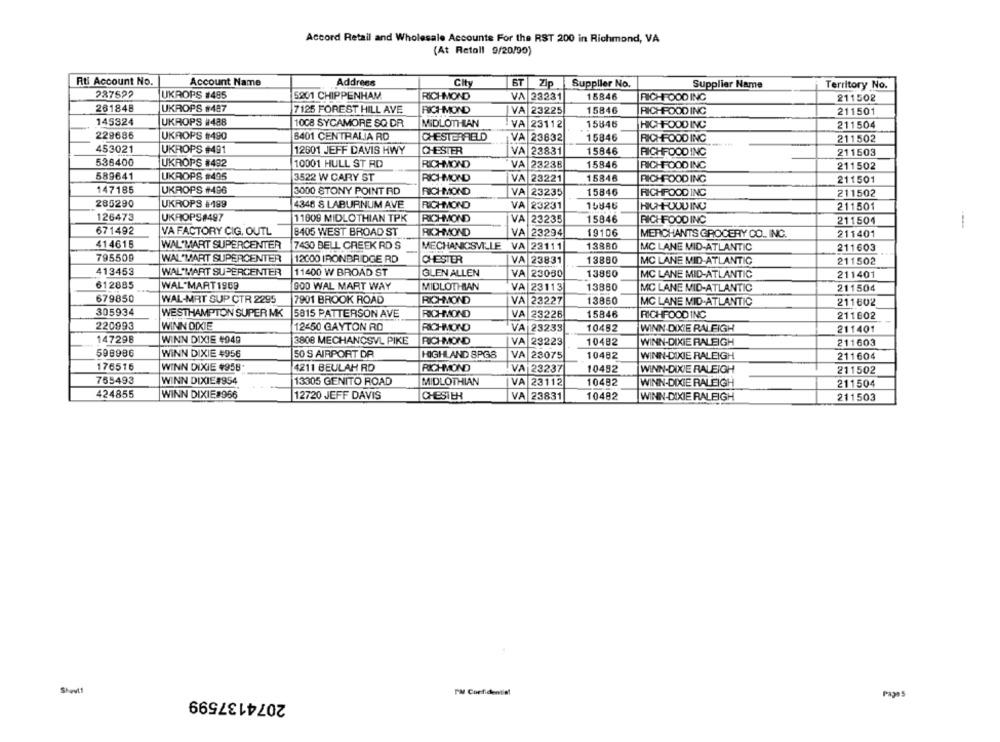
Accord Retail and Wholesale Accounts For the RST 200 in Richmond, VA
(At Retall 9/20/90)
Rti Account No.
Account Name
Address
City
6T Zip
Supplier No.
Supplier Name
Territory No.
227522
UKROPS #485
5201 CHIPPENHAM
RICHMOND
VA 23231
15846
RICHFOOD ING
211502
261848
UKROPS #487
7125 FOREST HILL AVE
RICHMOND
VA 23225
15846
RICHFOOD INC
211501
145324
UKROPS #488
1008 SYCAMORE SQ DR
MIDLOTHIAN
VA 23112
15846
HICHFOOD INC
211504
229686
UKROPS #1490
8401 CENTRALIA RD
CHESTERFIELD
VA 23832
15846
RICHFOOD INC
211502
453021
UKROPS #491
12601 JEFF DAVIS HWY
CHESTER
VA 23831
15846
RICHFOOD INC
211503
536400
UKROPS #492
10001 HULL ST RD
RICHMOND
VA 2323B
15846
RICHFOOD INC
211502
589641
UKROPS #495
3522 W CARY ST
RICHMOND
VA 23221
15846
RICHFOOD INC
211501
147185
UKROPS #496
3000 STONY POINT RD
RICHMOND
VA 23235
15846
RICHFOOD INC
211502
285290
UKROPS #189
4346 S LABURNUM AVE
RICHMOND
VA
23231
15846
HUHHODUING
211501
126473
UKROPS#497
11009 MIDLOTHIAN TPK
RICHMOND
VA
23235
15846
RICHFOOD INC
211504
671492
VA FACTORY CIG, OUTL
8405 WEST BROAD ST
RICHMOND
VA 23294
19106
MERCHANTS GROCERY CO ., INC.
211401
414615
WAL MART SUPERCENTER
7430 BELL CREEK RD S
MECHANICSVILLE VA 23111
13880
MC LANE MID-ATLANTIC
211603
795509
WAL-MART SUPERCENTER
12000 IRONBRIDGE RD
CHESTER
VA
23831
13880
211502
MC LANE MID-ATLANTIC
413453
WAL MART SUPERCENTER
11400 W BROAD ST
GLEN ALLEN
VA 23050
13850
MC LANE MID-ATLANTIC
211401
612885
WAL-MART 1969
900 WAL MART WAY
MIDLOTHIAN
VA 23113
13850
MC LANE MID-ATLANTIC
211504
679850
WAL-MRT SUP CTR 2295
7901 BROOK ROAD
RICHMOND
VA 23227
13860
MC LANE MID-ATLANTIC
211602
305934
WESTHAMPTON SUPER MK
5815 PATTERSON AVE
RICHMOND
VA 23226
15846
RICHFOOD INC
211602
220993
WINN DIXIE
12450 GAYTON RD
RICHMOND
10482
VA 23233
WINN-DIXIE RALFIGH
211401
147298
WINN DIXIE #949
3808 MECHANCSVL PIKE
RICHMOND
VA
23223
10482
WINN-DIXIE RALEIGH
211603
598986
WINN DIXIE 4956
50 S AIRPORT DR
HIGHLAND SPGS
VA 23075
10482
WINN-DIXIE RALEIGH
211604
176516
WINN DIXIE #958*
4211 BEULAH RD
RICHMOND
VA 23237
10492
WINN-DIXIE RALEIGH
211502
765493
WINN DIXIE#954
13305 GENITO ROAD
MIDLOTHIAN
VA 23112
10482
WINN-DIXIE RALEIGH
211504
424855
WINN DIXIE#966
12720 JEFF DAVIS
CHESTEH
VA 23831
10482
WINN-DIXIE RALEIGH
211503
Shevt!
2074137599
PM Confidential
Page 5